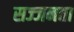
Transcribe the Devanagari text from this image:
सज्‍जनता